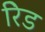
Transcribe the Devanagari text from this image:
रेिड